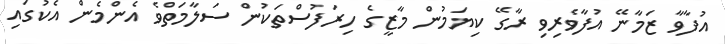
އުފާވާ ޒަމާނޭ އުފާވެރިވި ރާގޭ ކިޔަމުން މާޒީގެ ހިރަފުސްތަކުން ސަލާމަތްވެ އެންމެން އެކުގައި